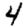
Digit: 4